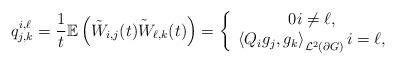
LaTeX: \begin{align*}q_{j,k}^{i,\ell }=\frac{1}{t}\mathbb{E}\left( \tilde{W}_{i,j}\tilde{(t)W_{\ell ,k}}(t)\right) =\left\{ \begin{array}{c}0i\neq \ell , \\ \left\langle Q_{i}g_{j},g_{k}\right\rangle _{\mathcal{L}^{2}(\partial G)}i=\ell ,\end{array}\right. \end{align*}